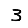
Digit: 3